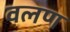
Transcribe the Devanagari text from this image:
वलण